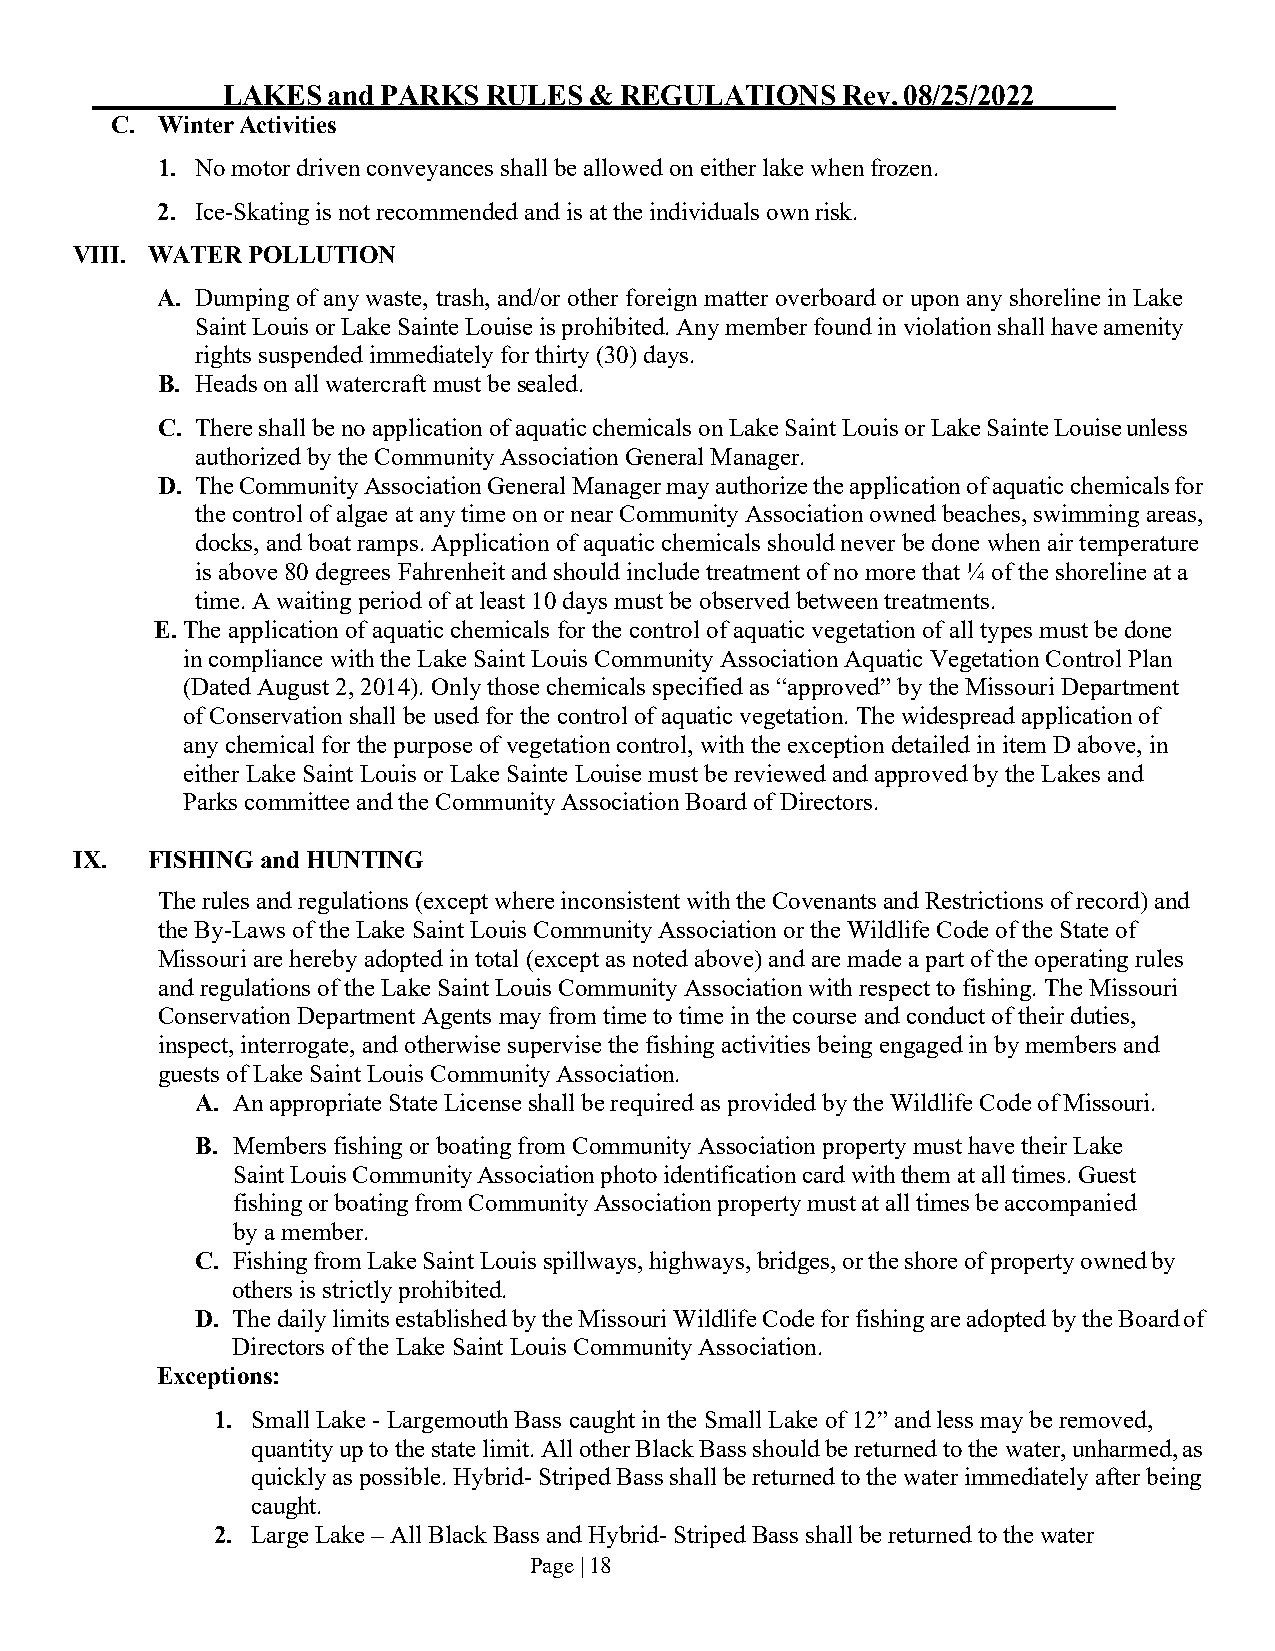
LAKES  and PARKS RULES  & REGULATIONS    Rev. 08/25/2022
 C. Winter Activities
 1. No motor driven conveyances shall be allowed on either lake when frozen.
 2. Ice-Skating is not recommended and is at the individuals own risk.
 VIII. WATER POLLUTION
 A. Dumping of any waste, trash, and/or other foreign matter overboard or upon any shoreline in Lake
 Saint Louis or Lake Sainte Louise is prohibited. Any member found in violation shall have amenity
 rights suspended immediately for thirty (30) days.
 B. Heads on all watercraft must be sealed.
 C. There shall be no application of aquatic chemicals on Lake Saint Louis or Lake Sainte Louise unless
 authorized by the Community Association General Manager.
 D. The Community Association General Manager may authorize the application of aquatic chemicals for
 the control of algae at any time on or near Community Association owned beaches, swimming areas,
 docks, and boat ramps. Application of aquatic chemicals should never be done when air temperature
 is above 80 degrees Fahrenheit and should include treatment of no more that ¼ of the shoreline at a
 time. A waiting period of at least 10 days must be observed between treatments.
 E. The application of aquatic chemicals for the control of aquatic vegetation of all types must be done
 in compliance with the Lake Saint Louis Community Association Aquatic Vegetation Control Plan
 (Dated August 2, 2014). Only those chemicals specified as “approved” by the Missouri Department
 of Conservation shall be used for the control of aquatic vegetation. The widespread application of
 any chemical for the purpose of vegetation control, with the exception detailed in item D above, in
 either Lake Saint Louis or Lake Sainte Louise must be reviewed and approved by the Lakes and
 Parks committee and the Community Association Board of Directors.
 IX.  FISHING and HUNTING
 The rules and regulations (except where inconsistent with the Covenants and Restrictions of record) and
 the By-Laws of the Lake Saint Louis Community Association or the Wildlife Code of the State of
 Missouri are hereby adopted in total (except as noted above) and are made a part of the operating rules
 and regulations of the Lake Saint Louis Community Association with respect to fishing. The Missouri
 Conservation Department Agents may from time to time in the course and conduct of their duties,
 inspect, interrogate, and otherwise supervise the fishing activities being engaged in by members and
 guests of Lake Saint Louis Community Association.
 A. An appropriate State License shall be required as provided by the Wildlife Code of Missouri.
 B. Members fishing or boating from Community Association property must have their Lake
 Saint Louis Community Association photo identification card with them at all times. Guest
 fishing or boating from Community Association property must at all times be accompanied
 by a member.
 C. Fishing from Lake Saint Louis spillways, highways, bridges, or the shore of property owned by
 others is strictly prohibited.
 D. The daily limits established by the Missouri Wildlife Code for fishing are adopted by the Board of
 Directors of the Lake Saint Louis Community Association.
 Exceptions:
 1. Small Lake - Largemouth Bass caught in the Small Lake of 12” and less may be removed,
 quantity up to the state limit. All other Black Bass should be returned to the water, unharmed, as
 quickly as possible. Hybrid- Striped Bass shall be returned to the water immediately after being
 caught.
 2. Large Lake – All Black Bass and Hybrid- Striped Bass shall be returned to the water
 Page | 18